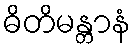
ဓိတိမန္တာနံ